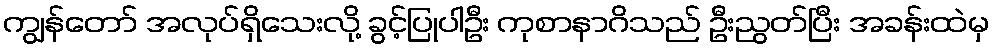
ကျွန်တော် အလုပ်ရှိသေးလို့ ခွင့်ပြုပါဦး ကုစာနာဂိသည် ဦးညွတ်ပြီး အခန်းထဲမှ